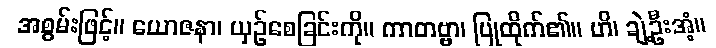
အစွမ်းဖြင့်။ ယောဇနာ၊ ယှဉ်စေခြင်းကို။ ကာတဗ္ဗာ၊ ပြုထိုက်၏။ ဟိ၊ ချဲ့ဦးအံ့။